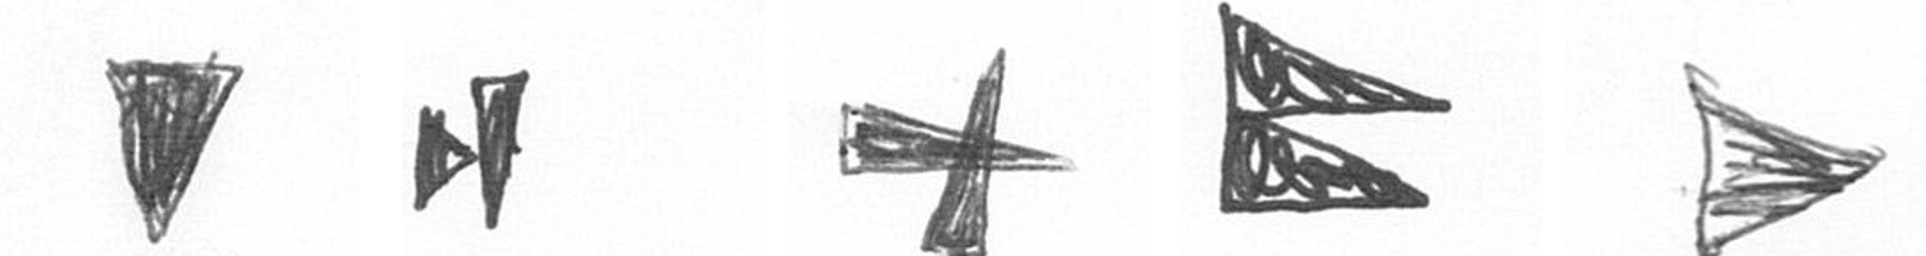
J M G P T